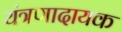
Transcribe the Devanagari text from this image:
यंत्रणादायक